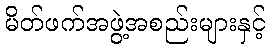
မိတ်ဖက်အဖွဲ့အစည်းများနှင့်